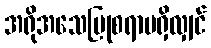
အရိုအသေပြုစရာမရှိလျှင်